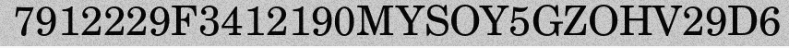
7912229F3412190MYSOY5GZOHV29D6